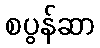
စပွန်ဆာ